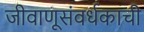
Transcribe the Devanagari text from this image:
जीवाणूसंवर्धकाची